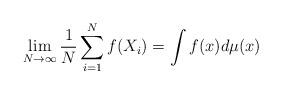
LaTeX: \begin{align*} \lim_{N \rightarrow \infty} \frac{1}{N} \sum_{i=1}^N f(X_i) = \int f(x) d\mu(x)\end{align*}